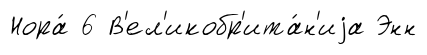
Нора́ 6 В'ел'икобр'ита́н'иjа Энн